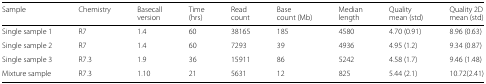
<table><thead><tr><td><b>Sample</b></td><td><b>Chemistry</b></td><td><b>Basecall</b></td><td><b>Time</b></td><td><b>Read</b></td><td><b>Base</b></td><td><b>Median</b></td><td><b>Quality</b></td><td><b>Quality 2D</b></td></tr><tr><td></td><td></td><td><b>version</b></td><td><b>(hrs)</b></td><td><b>count</b></td><td><b>count (Mb)</b></td><td><b>length</b></td><td><b>mean (std)</b></td><td><b>mean (std)</b></td></tr></thead><tbody><tr><td>Single sample 1</td><td>R7</td><td>1.4</td><td>60</td><td>38165</td><td>185</td><td>4580</td><td>4.70 (0.91)</td><td>8.96 (0.63)</td></tr><tr><td>Single sample 2</td><td>R7</td><td>1.4</td><td>60</td><td>7293</td><td>39</td><td>4936</td><td>4.95 (1.2)</td><td>9.34 (0.87)</td></tr><tr><td>Single sample 3</td><td>R7.3</td><td>1.9</td><td>36</td><td>15911</td><td>86</td><td>5242</td><td>4.58 (1.7)</td><td>9.46 (1.48)</td></tr><tr><td>Mixture sample</td><td>R7.3</td><td>1.10</td><td>21</td><td>5631</td><td>12</td><td>825</td><td>5.44 (2.1)</td><td>10.72(2.41)</td></tr></tbody></table>